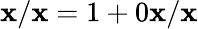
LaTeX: \mathbf{x}/\mathbf{x}=1+0\mathbf{x}/\mathbf{x}